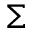
\Sigma